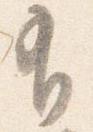
有